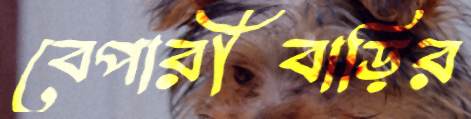
বেপারীবাড়ির